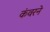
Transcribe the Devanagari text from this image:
कंवरने